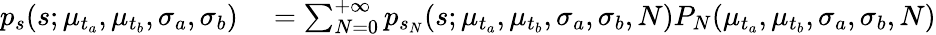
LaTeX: \begin{array}{rl}{p_{s}(s;\mu_{t_{a}},\mu_{t_{b}},\sigma_{a},\sigma_{b})}&{{}=\sum_{N=0}^{+\infty}p_{s_{N}}(s;\mu_{t_{a}},\mu_{t_{b}},\sigma_{a},\sigma_{b},N)P_{N}(\mu_{t_{a}},\mu_{t_{b}},\sigma_{a},\sigma_{b},N)}\end{array}